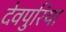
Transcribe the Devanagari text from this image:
देवपुरिया